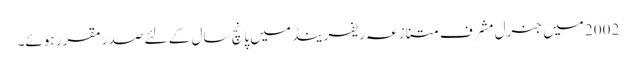
2002 میں جنرل مشرف متنازعہ ریفرینڈ میں پانچ سال کے لئے صدر مقرر ہوئے۔